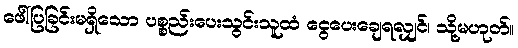
ဖေါ်ပြခြင်းမရှိသော ပစ္စည်းပေးသွင်းသူထံ ငွေပေးချေရလျှင်၊ သို့မဟုတ်။